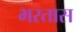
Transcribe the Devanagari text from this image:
भरतास